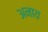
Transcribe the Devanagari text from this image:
अनाय